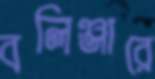
বলিঞ্জারে